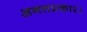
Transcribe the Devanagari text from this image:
अनतप्रकार।